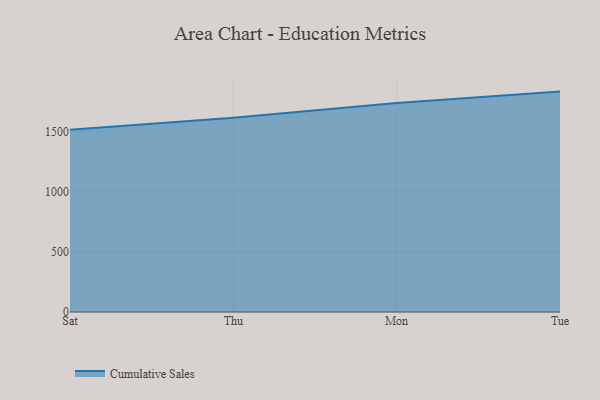
{"axis": {"x": "Day", "y": "LTV (USD)"}, "legend": ["Cumulative Sales"], "data": [{"x": "Sat", "y": 1513.8, "type": "Cumulative Sales"}, {"x": "Thu", "y": 1613.9, "type": "Cumulative Sales"}, {"x": "Mon", "y": 1735.8, "type": "Cumulative Sales"}, {"x": "Tue", "y": 1830.3, "type": "Cumulative Sales"}]}